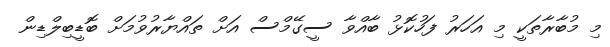
މި މުބާރާތަކީ މި އަހަރު ފަހުކޮޅު ބާއްވާ ސީގޭމްސް އަށް ތައްޔާރުވުމަށް ބޮޑީބިލްޑިން